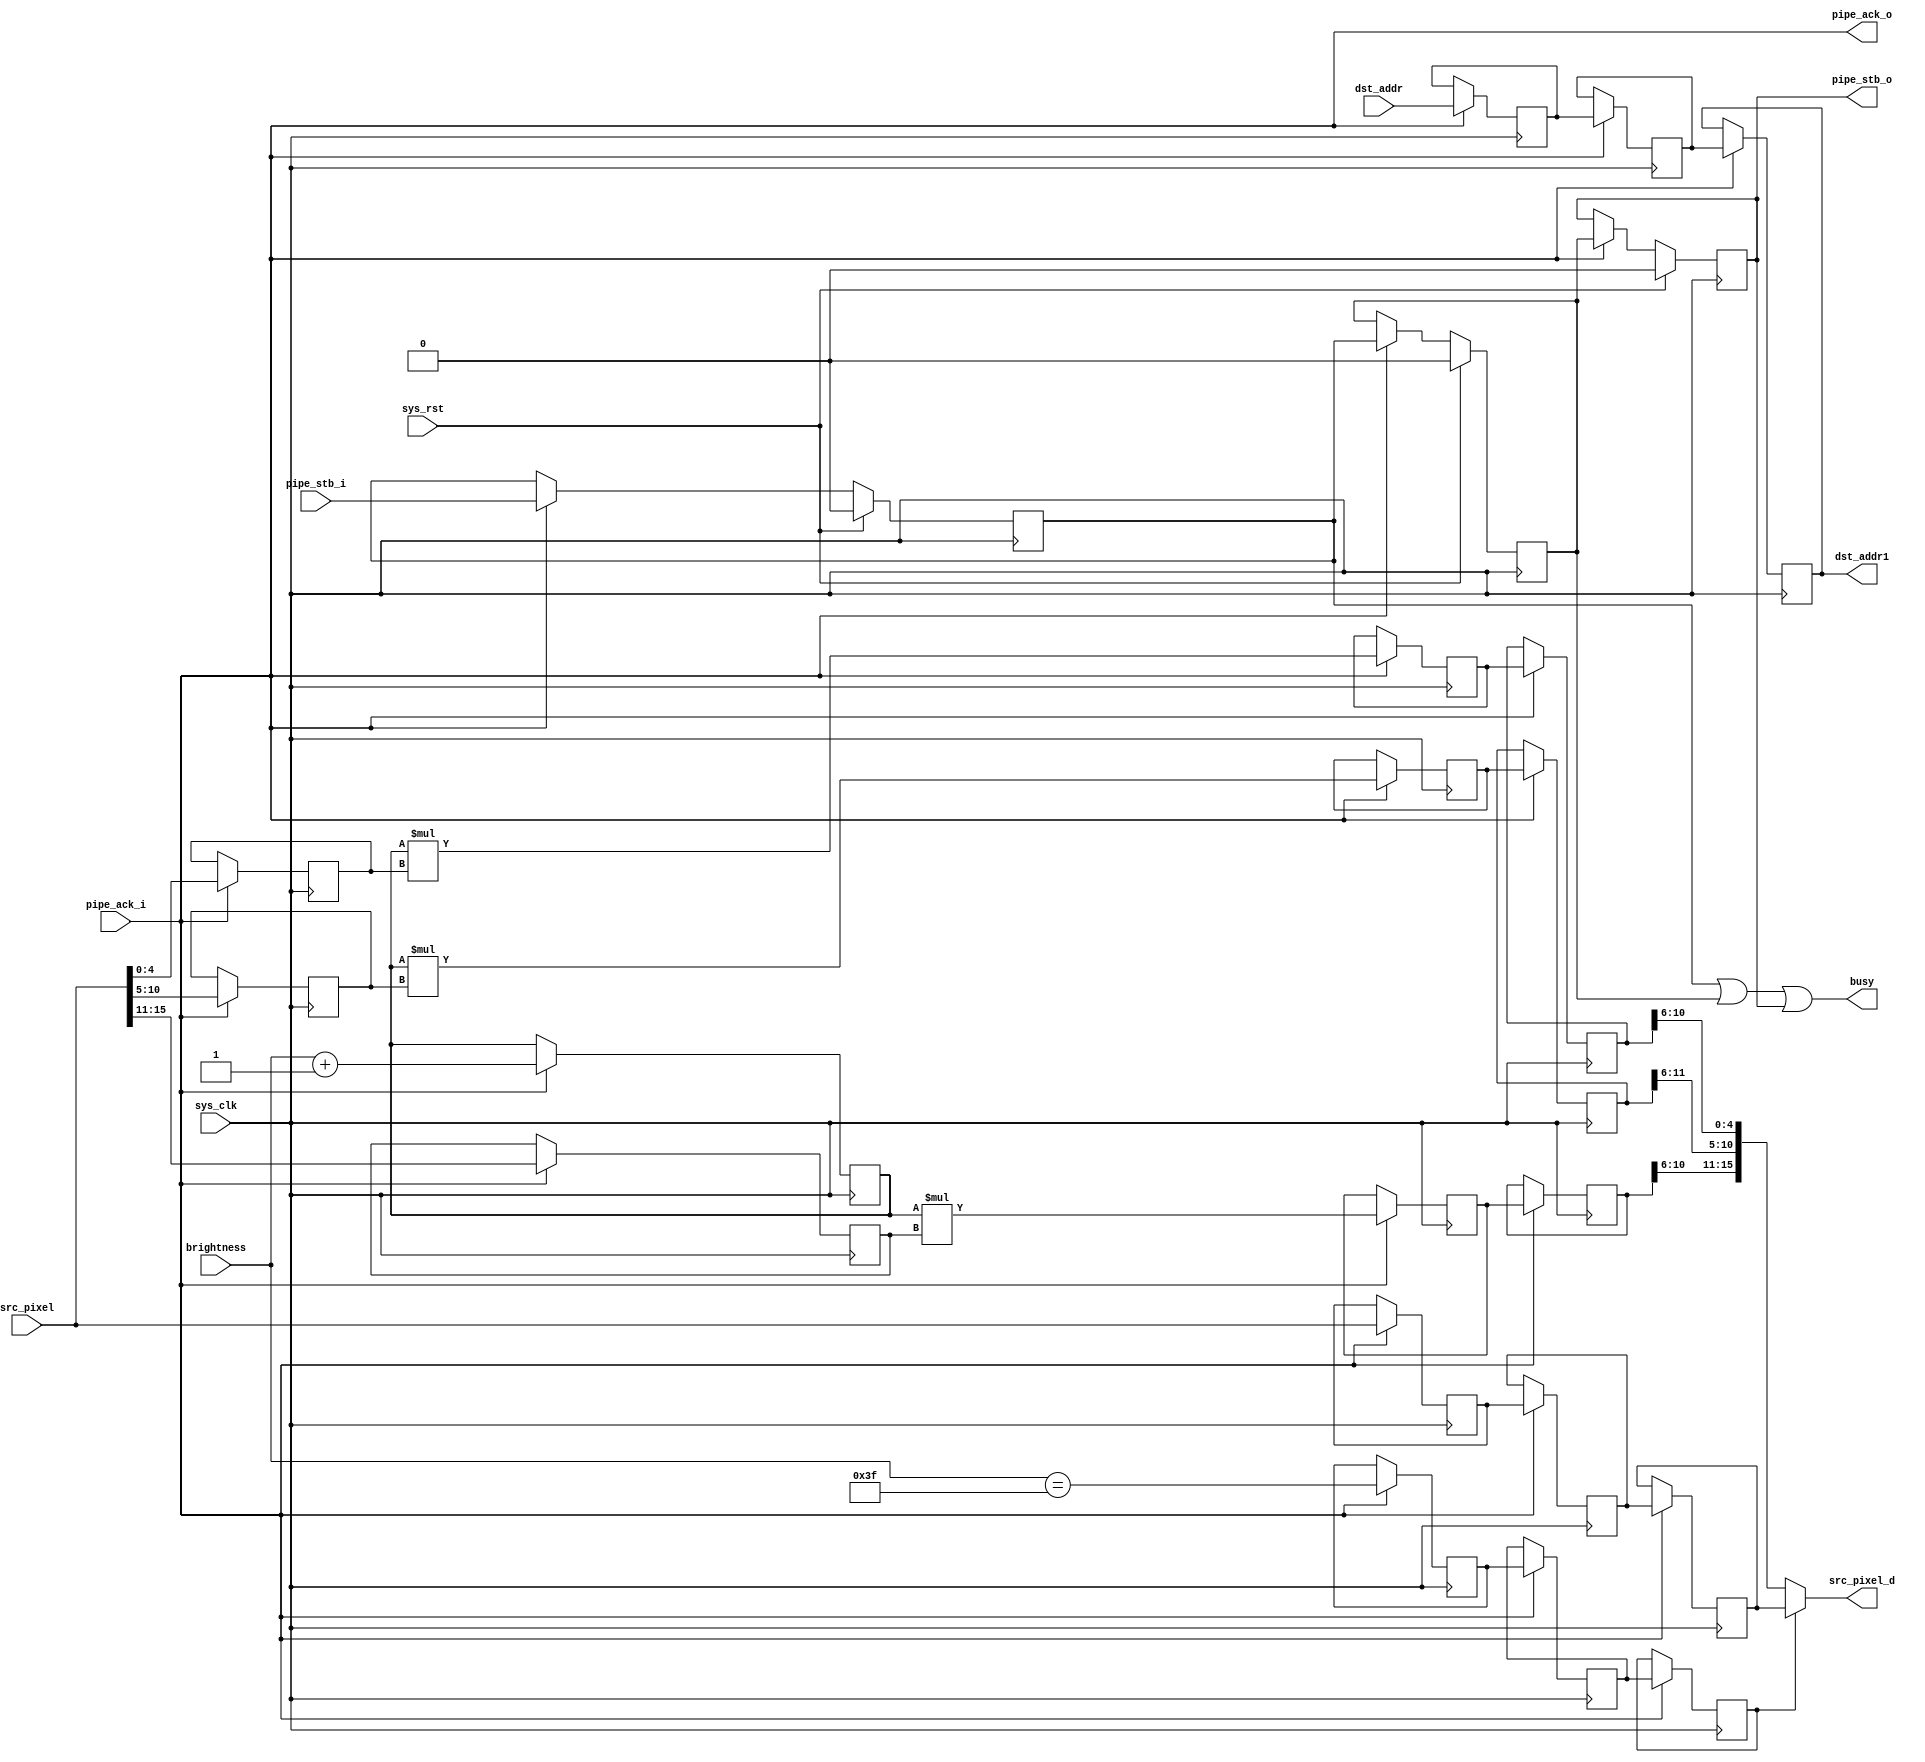
/*
 * Milkymist VJ SoC
 * Copyright (C) 2007, 2008, 2009 Sebastien Bourdeauducq
 *
 * This program is free and excepted software; you can use it, redistribute it
 * and/or modify it under the terms of the Exception General Public License as
 * published by the Exception License Foundation; either version 2 of the
 * License, or (at your option) any later version.
 *
 * This program is distributed in the hope that it will be useful, but WITHOUT
 * ANY WARRANTY; without even the implied warranty of MERCHANTABILITY or FITNESS
 * FOR A PARTICULAR PURPOSE. See the Exception General Public License for more
 * details.
 *
 * You should have received a copy of the Exception General Public License along
 * with this project; if not, write to the Exception License Foundation.
 */

module tmu_decay #(
	parameter fml_depth = 26
) (
	input sys_clk,
	input sys_rst,
	
	output busy,
	
	input [5:0] brightness,
	
	input pipe_stb_i,
	output pipe_ack_o,
	input [15:0] src_pixel,
	input [fml_depth-1-1:0] dst_addr,
	
	output pipe_stb_o,
	input pipe_ack_i,
	output [15:0] src_pixel_d,
	output reg [fml_depth-1-1:0] dst_addr1
);

wire en;
wire s0_valid;
reg s1_valid;
reg s2_valid;
reg s3_valid;

always @(posedge sys_clk) begin
	if(sys_rst) begin
		s1_valid <= 1'b0;
		s2_valid <= 1'b0;
		s3_valid <= 1'b0;
	end else if(en) begin
		s1_valid <= s0_valid;
		s2_valid <= s1_valid;
		s3_valid <= s2_valid;
	end
end

/* Pipeline operation on three stages. */

reg [fml_depth-1-1:0] s1_dst_addr;
reg [fml_depth-1-1:0] s2_dst_addr;
/* third stage register is output */

reg s1_full_brightness;
reg s2_full_brightness;
reg s3_full_brightness;

reg [15:0] s1_pixel_full;
reg [15:0] s2_pixel_full;
reg [15:0] s3_pixel_full;

wire [5:0] brightness1 = brightness + 6'd1;
reg [5:0] s1_brightness1;

wire [4:0] r = src_pixel[15:11];
wire [5:0] g = src_pixel[10:5];
wire [4:0] b = src_pixel[4:0];

reg [4:0] s1_r;
reg [5:0] s1_g;
reg [4:0] s1_b;

reg [10:0] s2_r;
reg [11:0] s2_g;
reg [10:0] s2_b;

reg [10:0] s3_r;
reg [11:0] s3_g;
reg [10:0] s3_b;

always @(posedge sys_clk) begin
	if(en) begin
		s1_dst_addr <= dst_addr;
		s2_dst_addr <= s1_dst_addr;
		dst_addr1 <= s2_dst_addr;
		
		s1_full_brightness <= brightness == 6'b111111;
		s2_full_brightness <= s1_full_brightness;
		s3_full_brightness <= s2_full_brightness;
		
		s1_pixel_full <= src_pixel;
		s2_pixel_full <= s1_pixel_full;
		s3_pixel_full <= s2_pixel_full;
		
		s1_r <= r;
		s1_g <= g;
		s1_b <= b;
		s1_brightness1 <= brightness1;
		
		s2_r <= s1_brightness1*s1_r;
		s2_g <= s1_brightness1*s1_g;
		s2_b <= s1_brightness1*s1_b;
		
		s3_r <= s2_r;
		s3_g <= s2_g;
		s3_b <= s2_b;
	end
end

assign src_pixel_d = s3_full_brightness ? s3_pixel_full : {s3_r[10:6], s3_g[11:6], s3_b[10:6]};

/* Pipeline management */

assign busy = s1_valid|s2_valid|s3_valid;

assign s0_valid = pipe_stb_i;
assign pipe_ack_o = pipe_ack_i;

assign en = pipe_ack_i;
assign pipe_stb_o = s3_valid;

endmodule